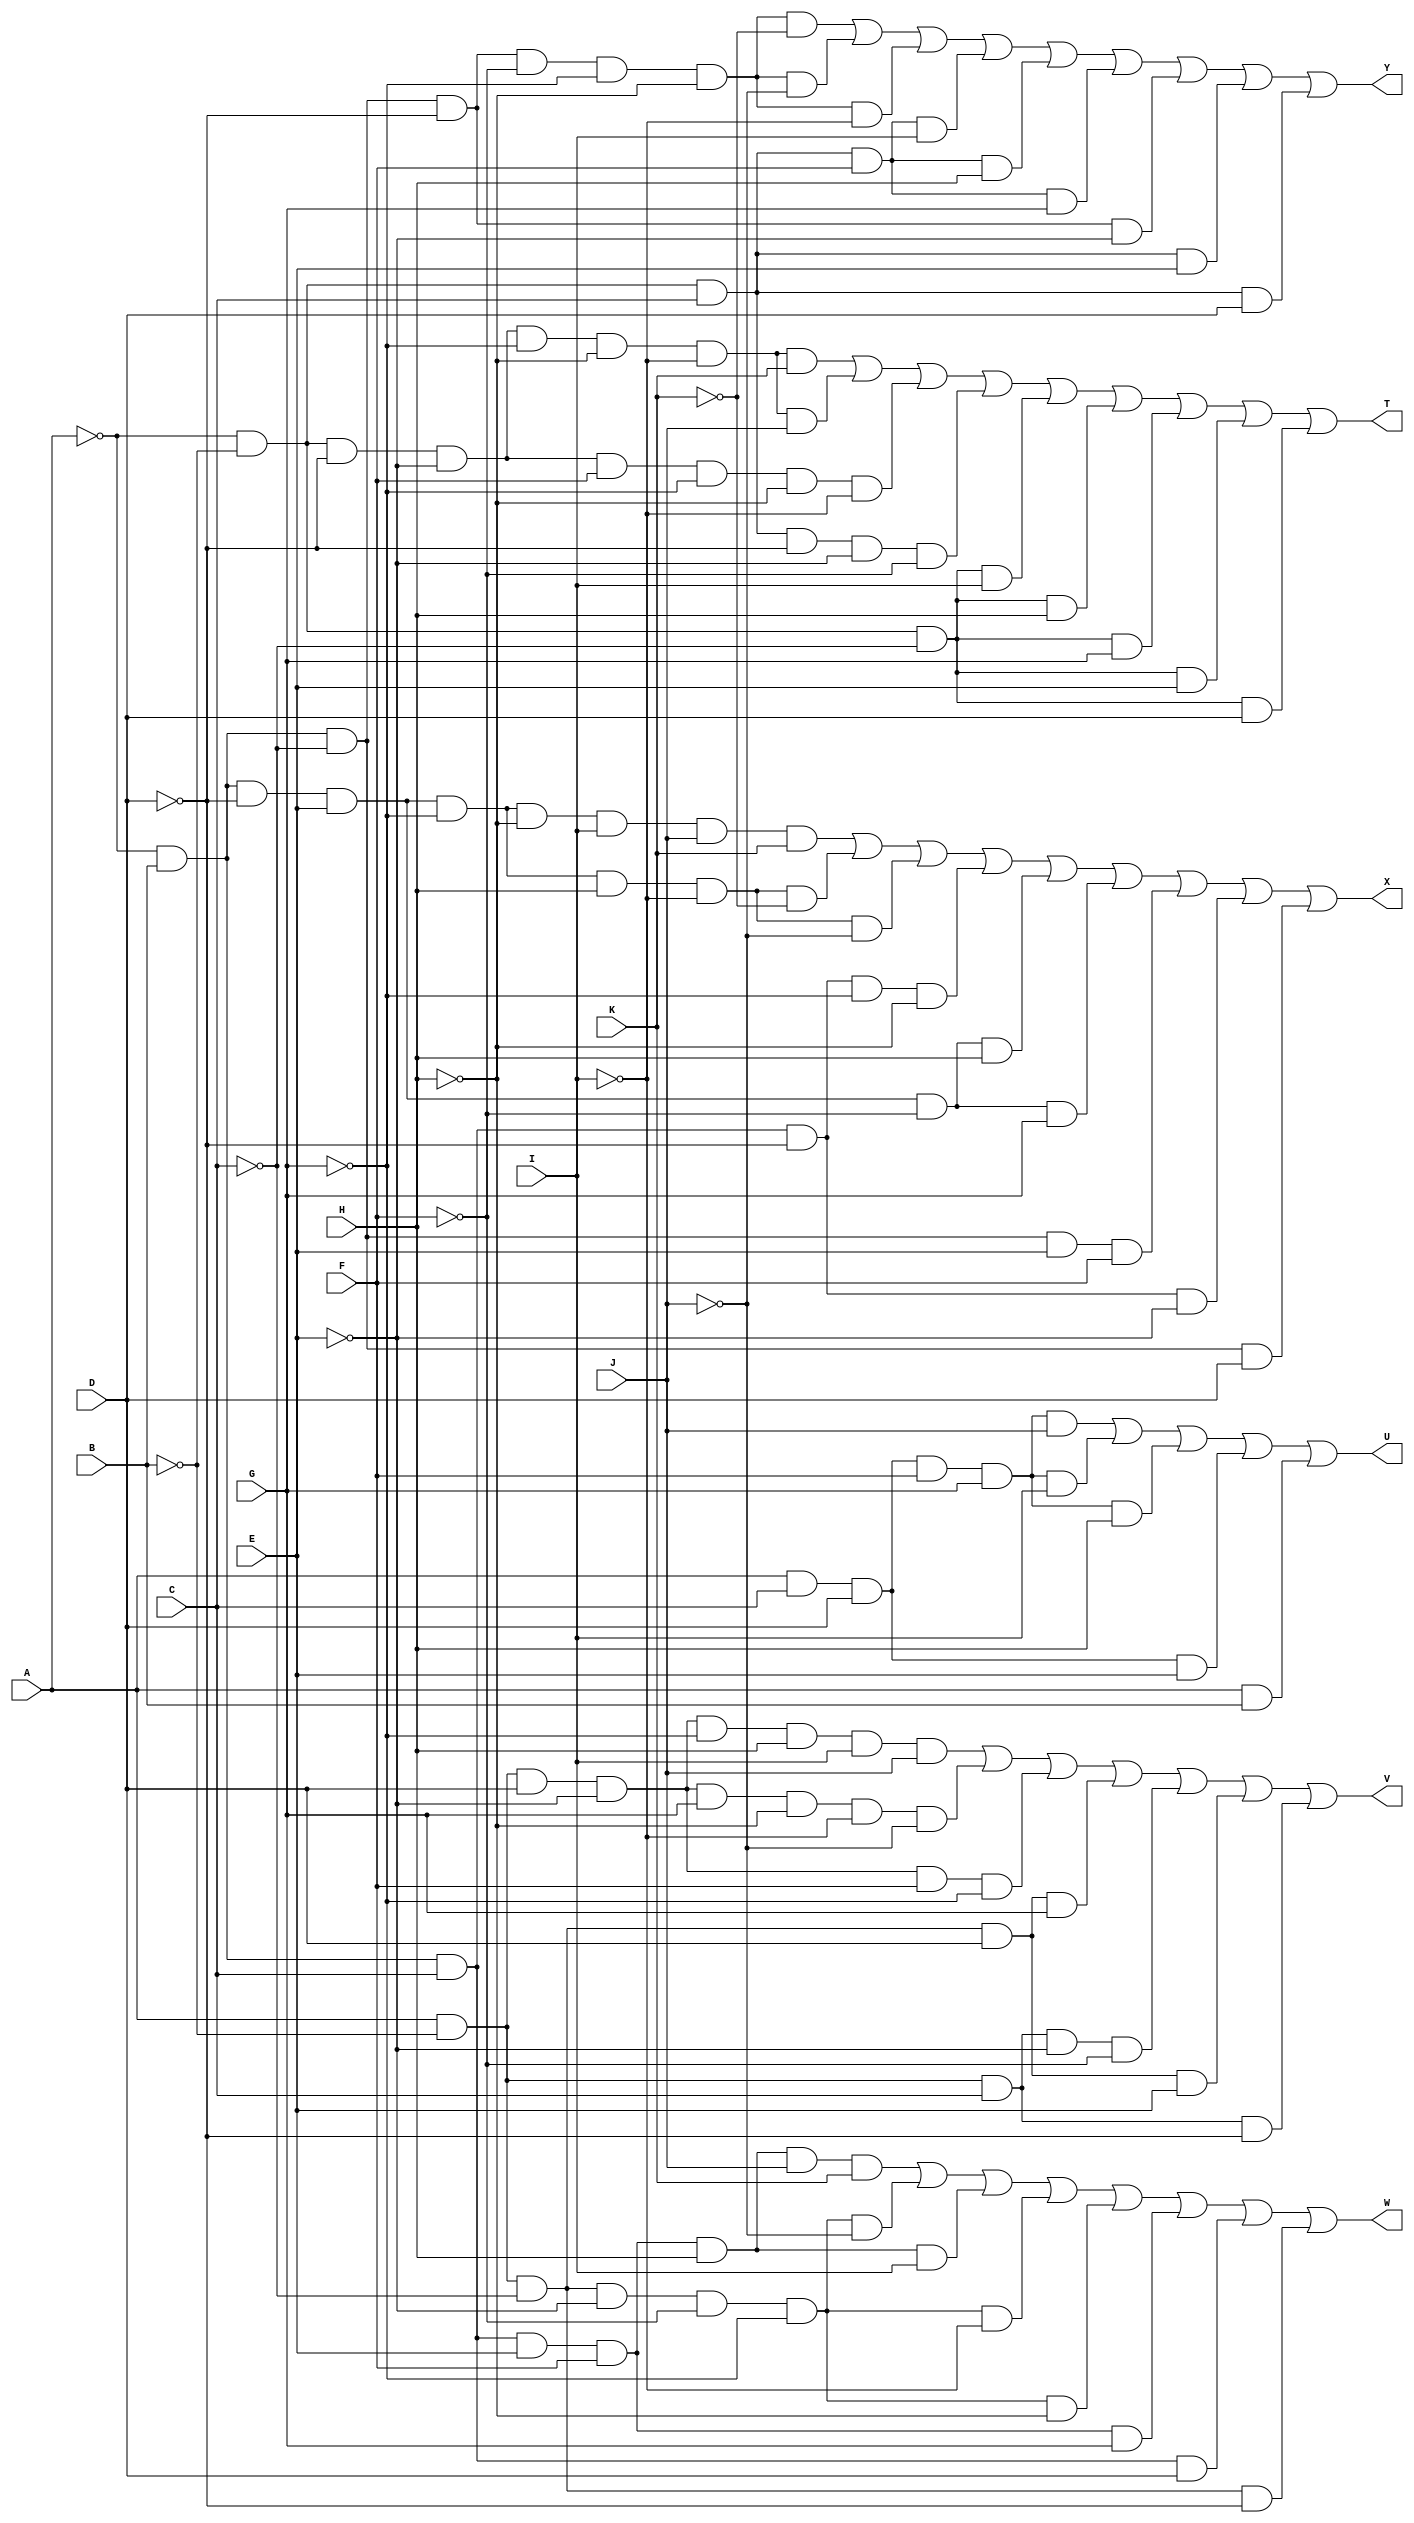
/*
 * Generated by Digital. Don't modify this file!
 * Any changes will be lost if this file is regenerated.
 */

module compar (
  input A,
  input B,
  input C,
  input D,
  input E,
  input F,
  input G,
  input H,
  input I,
  input J,
  input K,
  output Y,
  output X,
  output W,
  output V,
  output U,
  output T
);
  wire s0;
  wire s1;
  wire s2;
  wire s3;
  wire s4;
  wire s5;
  wire s6;
  wire s7;
  wire s8;
  wire s9;
  wire s10;
  assign U = ((A & C & D & F & G & J) | (A & C & D & F & G & I) | (A & C & D & F & G & H) | (A & C & D & E) | (A & B));
  assign s0 = ~ A;
  assign s9 = ~ B;
  assign s1 = ~ C;
  assign s2 = ~ D;
  assign s10 = ~ E;
  assign s3 = ~ F;
  assign s4 = ~ G;
  assign s5 = ~ H;
  assign s8 = ~ I;
  assign s7 = ~ J;
  assign s6 = ~ K;
  assign Y = ((s0 & B & s1 & s2 & s3 & s4 & s5 & s6) | (s0 & B & s1 & s2 & s3 & s4 & s5 & s7) | (s0 & B & s1 & s2 & s3 & s4 & s5 & s8) | (s0 & s9 & C & F & I) | (s0 & s9 & C & F & H) | (s0 & s9 & C & F & G) | (s0 & B & s1 & s2 & s10) | (s0 & s9 & C & E) | (s0 & s9 & C & D));
  assign X = ((s0 & B & s2 & E & s4 & s5 & I & J & K) | (s0 & B & s2 & E & s4 & H & s8 & s6) | (s0 & B & s2 & E & s4 & H & s8 & s7) | (s0 & B & C & s2 & s4 & s5) | (s0 & B & s2 & E & s3 & H) | (s0 & B & s2 & E & s3 & G) | (s0 & B & s1 & E & F) | (s0 & B & C & s2 & s10) | (s0 & B & s1 & D));
  assign W = ((s0 & B & C & E & F & H & J & K) | (A & s9 & s1 & s10 & s3 & s4 & s7) | (s0 & B & C & E & F & H & I) | (A & s9 & s1 & s10 & s3 & s4 & s8) | (A & s9 & s1 & s10 & s3 & s4 & s5) | (s0 & B & C & E & F & G) | (s0 & B & C & D) | (A & s9 & s1 & s2));
  assign V = ((A & s9 & D & s10 & s4 & H & I & J) | (A & s9 & D & s10 & G & s5 & s8 & s7) | (A & s9 & D & s10 & F & s4) | (A & s9 & s1 & D & G) | (A & s9 & C & s10 & s3) | (A & s9 & s1 & D & E) | (A & s9 & C & s2));
  assign T = ((s0 & s9 & s2 & s10 & s4 & s5 & s8 & K) | (s0 & s9 & s2 & s10 & s4 & s5 & s8 & J) | (s0 & s9 & s2 & s10 & F & s4 & s5 & s8) | (s0 & s9 & C & s2 & s10 & s3) | (s0 & s9 & s1 & I) | (s0 & s9 & s1 & H) | (s0 & s9 & s1 & G) | (s0 & s9 & s1 & E) | (s0 & s9 & s1 & D));
endmodule